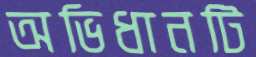
অভিধানটি